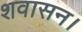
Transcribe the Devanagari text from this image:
शवासन।